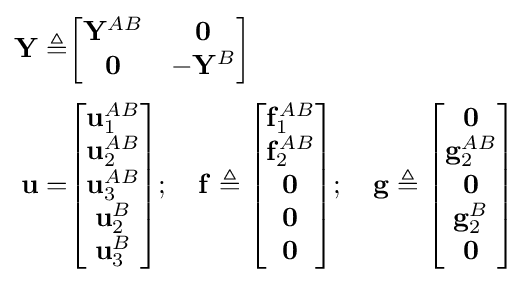
{\begin{aligned}\mathbf {Y} \triangleq &{\begin{bmatrix}\mathbf {Y} ^{AB}&\mathbf {0} \\\mathbf {0} &-\mathbf {Y} ^{B}\end{bmatrix}}\\[3pt]\mathbf {u} =&{\begin{bmatrix}\mathbf {u} _{1}^{AB}\\\mathbf {u} _{2}^{AB}\\\mathbf {u} _{3}^{AB}\\\mathbf {u} _{2}^{B}\\\mathbf {u} _{3}^{B}\end{bmatrix}};\quad \mathbf {f} \triangleq {\begin{bmatrix}\mathbf {f} _{1}^{AB}\\\mathbf {f} _{2}^{AB}\\\mathbf {0} \\\mathbf {0} \\\mathbf {0} \end{bmatrix}};\quad \mathbf {g} \triangleq {\begin{bmatrix}\mathbf {0} \\\mathbf {g} _{2}^{AB}\\\mathbf {0} \\\mathbf {g} _{2}^{B}\\\mathbf {0} \end{bmatrix}}\end{aligned}}